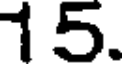
15.